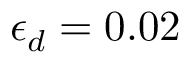
\epsilon _ { d } = 0 . 0 2